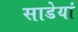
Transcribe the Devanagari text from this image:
साडेयां